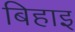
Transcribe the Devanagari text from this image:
बिहाइ